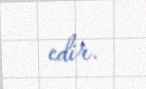
edir.